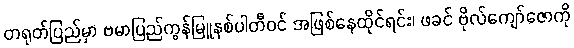
တရုတ်ပြည်မှာ ဗမာပြည်ကွန်မြူနစ်ပါတီဝင် အဖြစ်နေထိုင်ရင်း၊ ဖခင် ဗိုလ်ကျော်ဇောကို